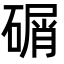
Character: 碿